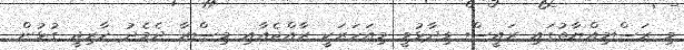
މި ރަސްމިއްޔާތުގައި ރައީސް ވިދާޅުވީ މިއަހަރަކީ ރާއްޖެއާއި މިޞްރާ ދެމެދު ޚާރިޖީ ގުޅުން